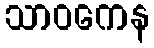
သာဝကေန